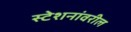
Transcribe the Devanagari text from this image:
स्टेशनांवरील